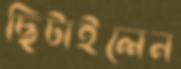
ছিটাইলেন